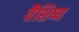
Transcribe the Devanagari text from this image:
वैशिष्य